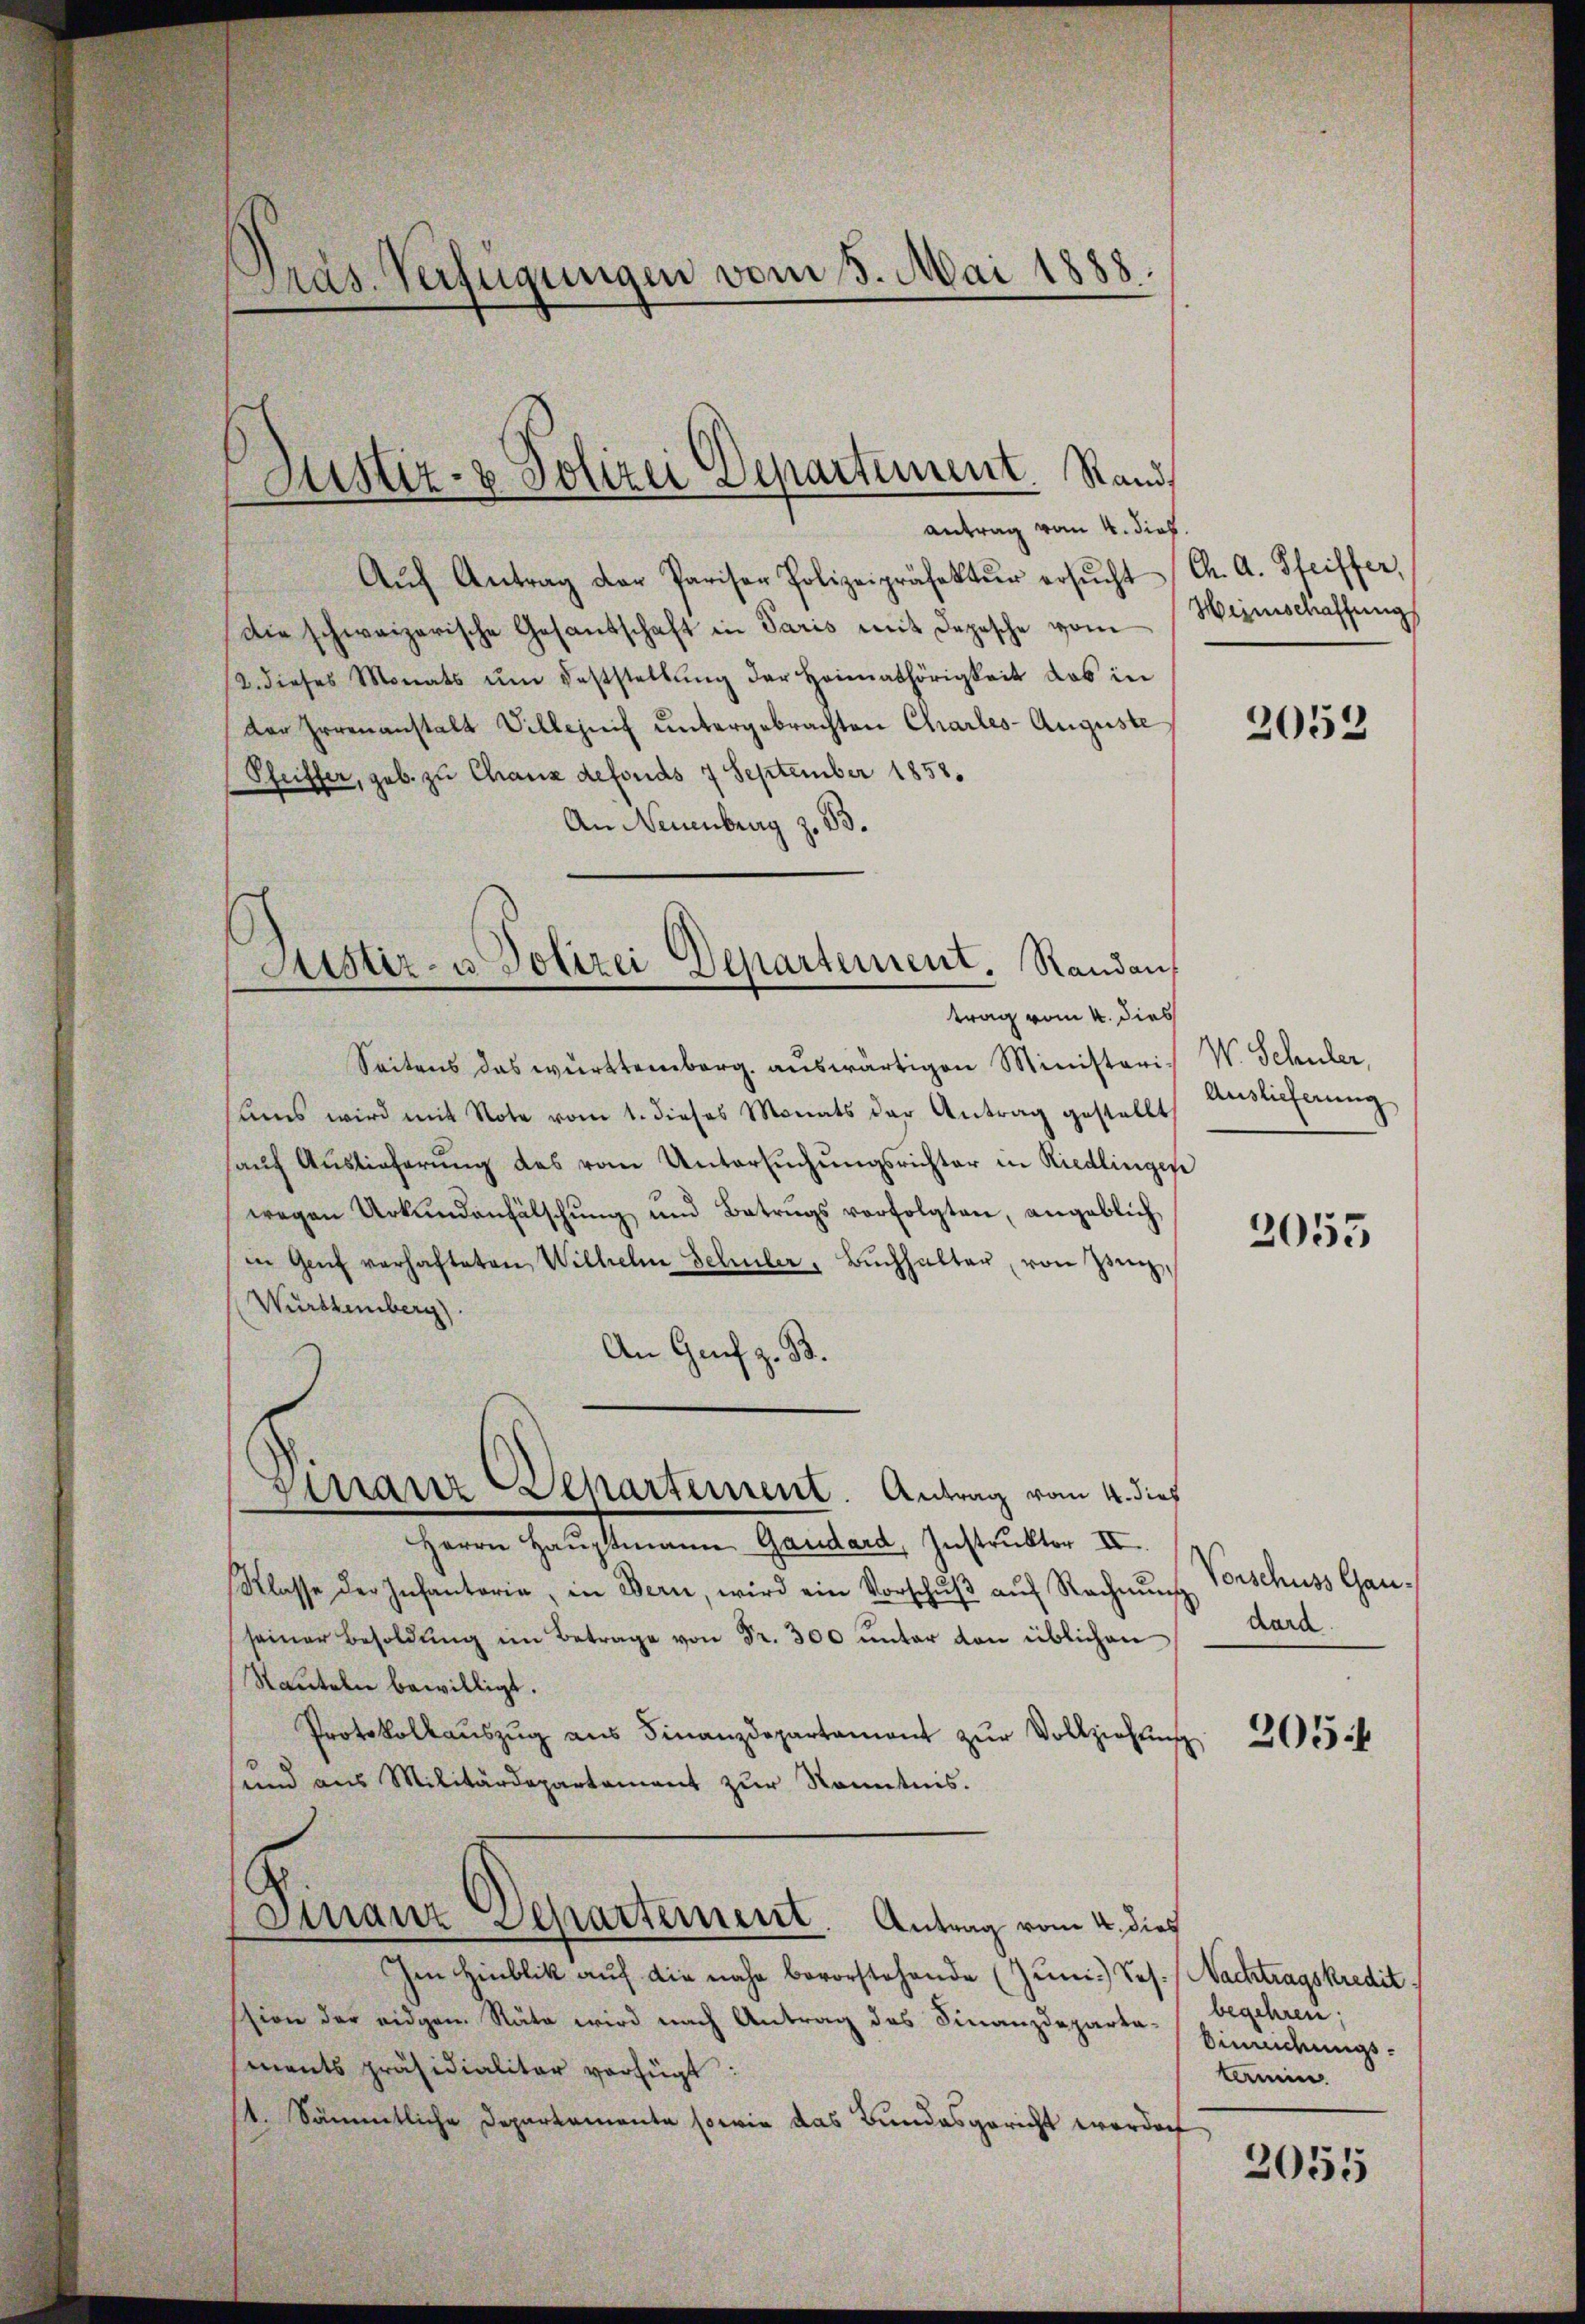
Pras. Verfügungen vom 3. Mai 1888.

Justiz- & Polizei Departement. Rand

Justiz- u. Polizei Departement. Randauf

antrag vom 4. dies
Aŭf Antrag der Pariser Polizeipräfektŭr ersŭcht
die schweizerische Gesandschaft in Paris mit Depesche vom
2. dieses Monats ŭm Feststellŭng der Heimathörigkeit das in
der Irrenanstalt Villezuif untergebrachten Charles-Auguste
Schriffer, geb. zu Chaux defonds 7 September 1858.
An Neuenburg z. B.
trag vom 4. dies
Seitens das württemberg auswärtigen Ministeri¬
Ams wird mit Note vom 1. dieses Monats der Antrag gestellt
hauf Auslieferung des vom Untersuchungsrichter in Riedlingen
wegen Urkundenfälschŭng und Betrugs verfolgten, angeblich
in Genf verhafteten Wilhelm Schuler, Bŭchhalter von Zieg¬
Württemberg)
An Genf z. B.
Sinair Departement. Antrag vom 4. dies
Herrn Haŭptmann Gaudard, Instruktor II.
Klasse der Infantoria, in Bern, wird ein Vorschŭβ aŭf Rechnŭng
seiner Besoldŭng im Betrage von Fr. 300 unter von üblichen
Sauteln bewilligt.
Protokollaŭszŭg aŭs Finanzdepartament zŭr Vollziehŭng
sund aus Militärdepartament zŭr Kenntnis.
Finanz Separtement. Antrag vom 4. dies
Im Hinblik auf die nahe bevorstehende (Juni. Sos. Nachtragskredit
sion der eidgen. Räte wird nach Antrag des Finanzdepartaments präsidialitär verfügt:
/14. Sämmtliche Departamente sowie das Bundesgericht worden

Ch. A. Steiffer,
Heimschaffung

2052

V. Schuler,
Auslieferung

2055

Vorschuss Gandard.

205

begehren;
Einreichungstamin

2055